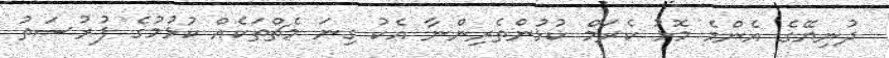
ދުނިޔޭގެ އެންމެ މޮޅު ކެރަމް ކުޅުންތެރިންނާ އެކު ގިނަ މެޗްތަކެއް ކުޅުމުގެ ފުުރުސަތު